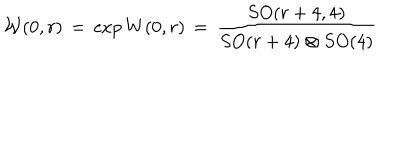
{ \cal W } ( 0 , r ) \, = \, \exp { W ( 0 , r ) } \, = \, \frac { S O ( r + 4 , 4 ) } { S O ( r + 4 ) \otimes S O ( 4 ) }